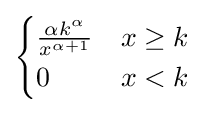
{\begin{cases}{\frac {\alpha k^{\alpha }}{x^{\alpha +1}}}&x\geq k\\0&x<k\end{cases}}